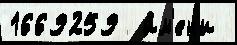
1669259  и́м'ен'и